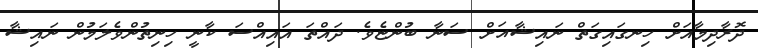
ދޮރާދިމާއަށް ހިނގައިގަތް ނައިޝާއަށް ސަނާ ބުންޏެވެ. ދައްތަ އައިއްސަ ކާނީ ހިނިތުންވެލަމުން ނައިޝާ